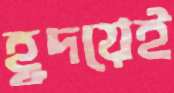
হূদয়েই